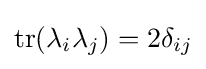
\operatorname {tr} (\lambda _{i}\lambda _{j})=2\delta _{ij}